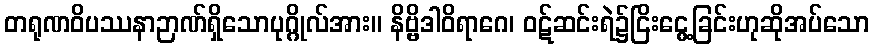
တရုဏဝိပဿနာဉာဏ်ရှိသောပုဂ္ဂိုလ်အား။ နိဗ္ဗိဒါဝိရာဂေ၊ ဝဋ်ဆင်းရဲ၌ငြိးငွေ့ခြင်းဟုဆိုအပ်သော